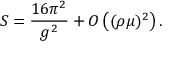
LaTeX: S = \frac { 1 6 \pi ^ { 2 } } { g ^ { 2 } } + O \left( ( \rho \mu ) ^ { 2 } \right) .